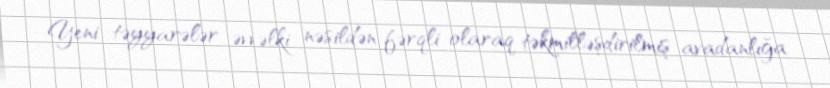
Yeni təyyarələr əvvəlki nəsildən fərqli olaraq təkmilləşdirilmiş avadanlığa